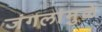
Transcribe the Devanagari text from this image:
जंगलांमु़ळे